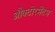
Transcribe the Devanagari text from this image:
औक्टोरमेंटम